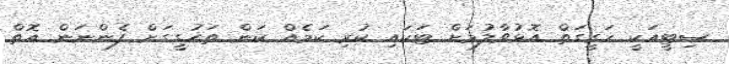
ސިޓީއަކީ ހަގީގަތް އޮޅުވާލުމަށް ޓަކައި ކުރި ކަމެއް ކަން ތަހުގީގަށް ފެންނަން އޮތް